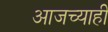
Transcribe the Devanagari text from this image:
आजच्याही